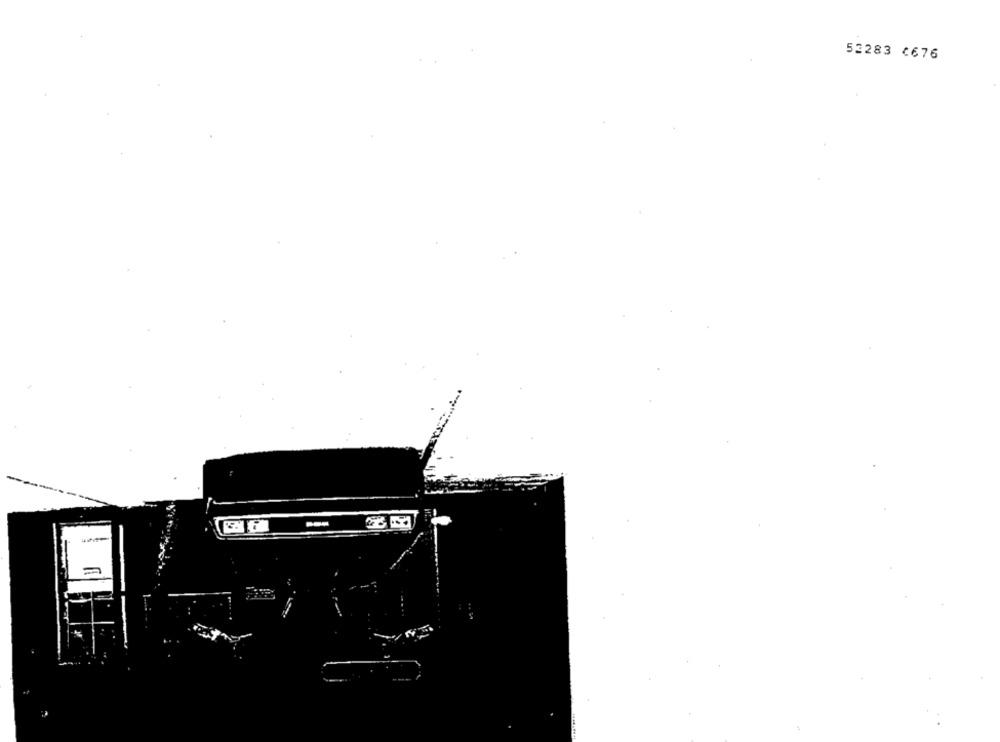
53283 ¢676